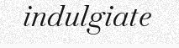
indulgiate